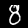
Digit: 8